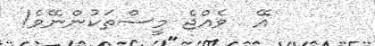
އޭ  ވެއްޖެ މީސްތަކުންނޭވެ!